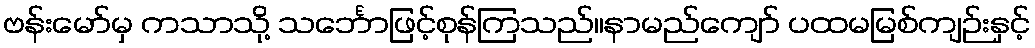
ဗန်းမော်မှ ကသာသို့ သင်္ဘောဖြင့်စုန်ကြသည်။နာမည်ကျော် ပထမမြစ်ကျဉ်းနှင့်